Riigikantselei, lk 54
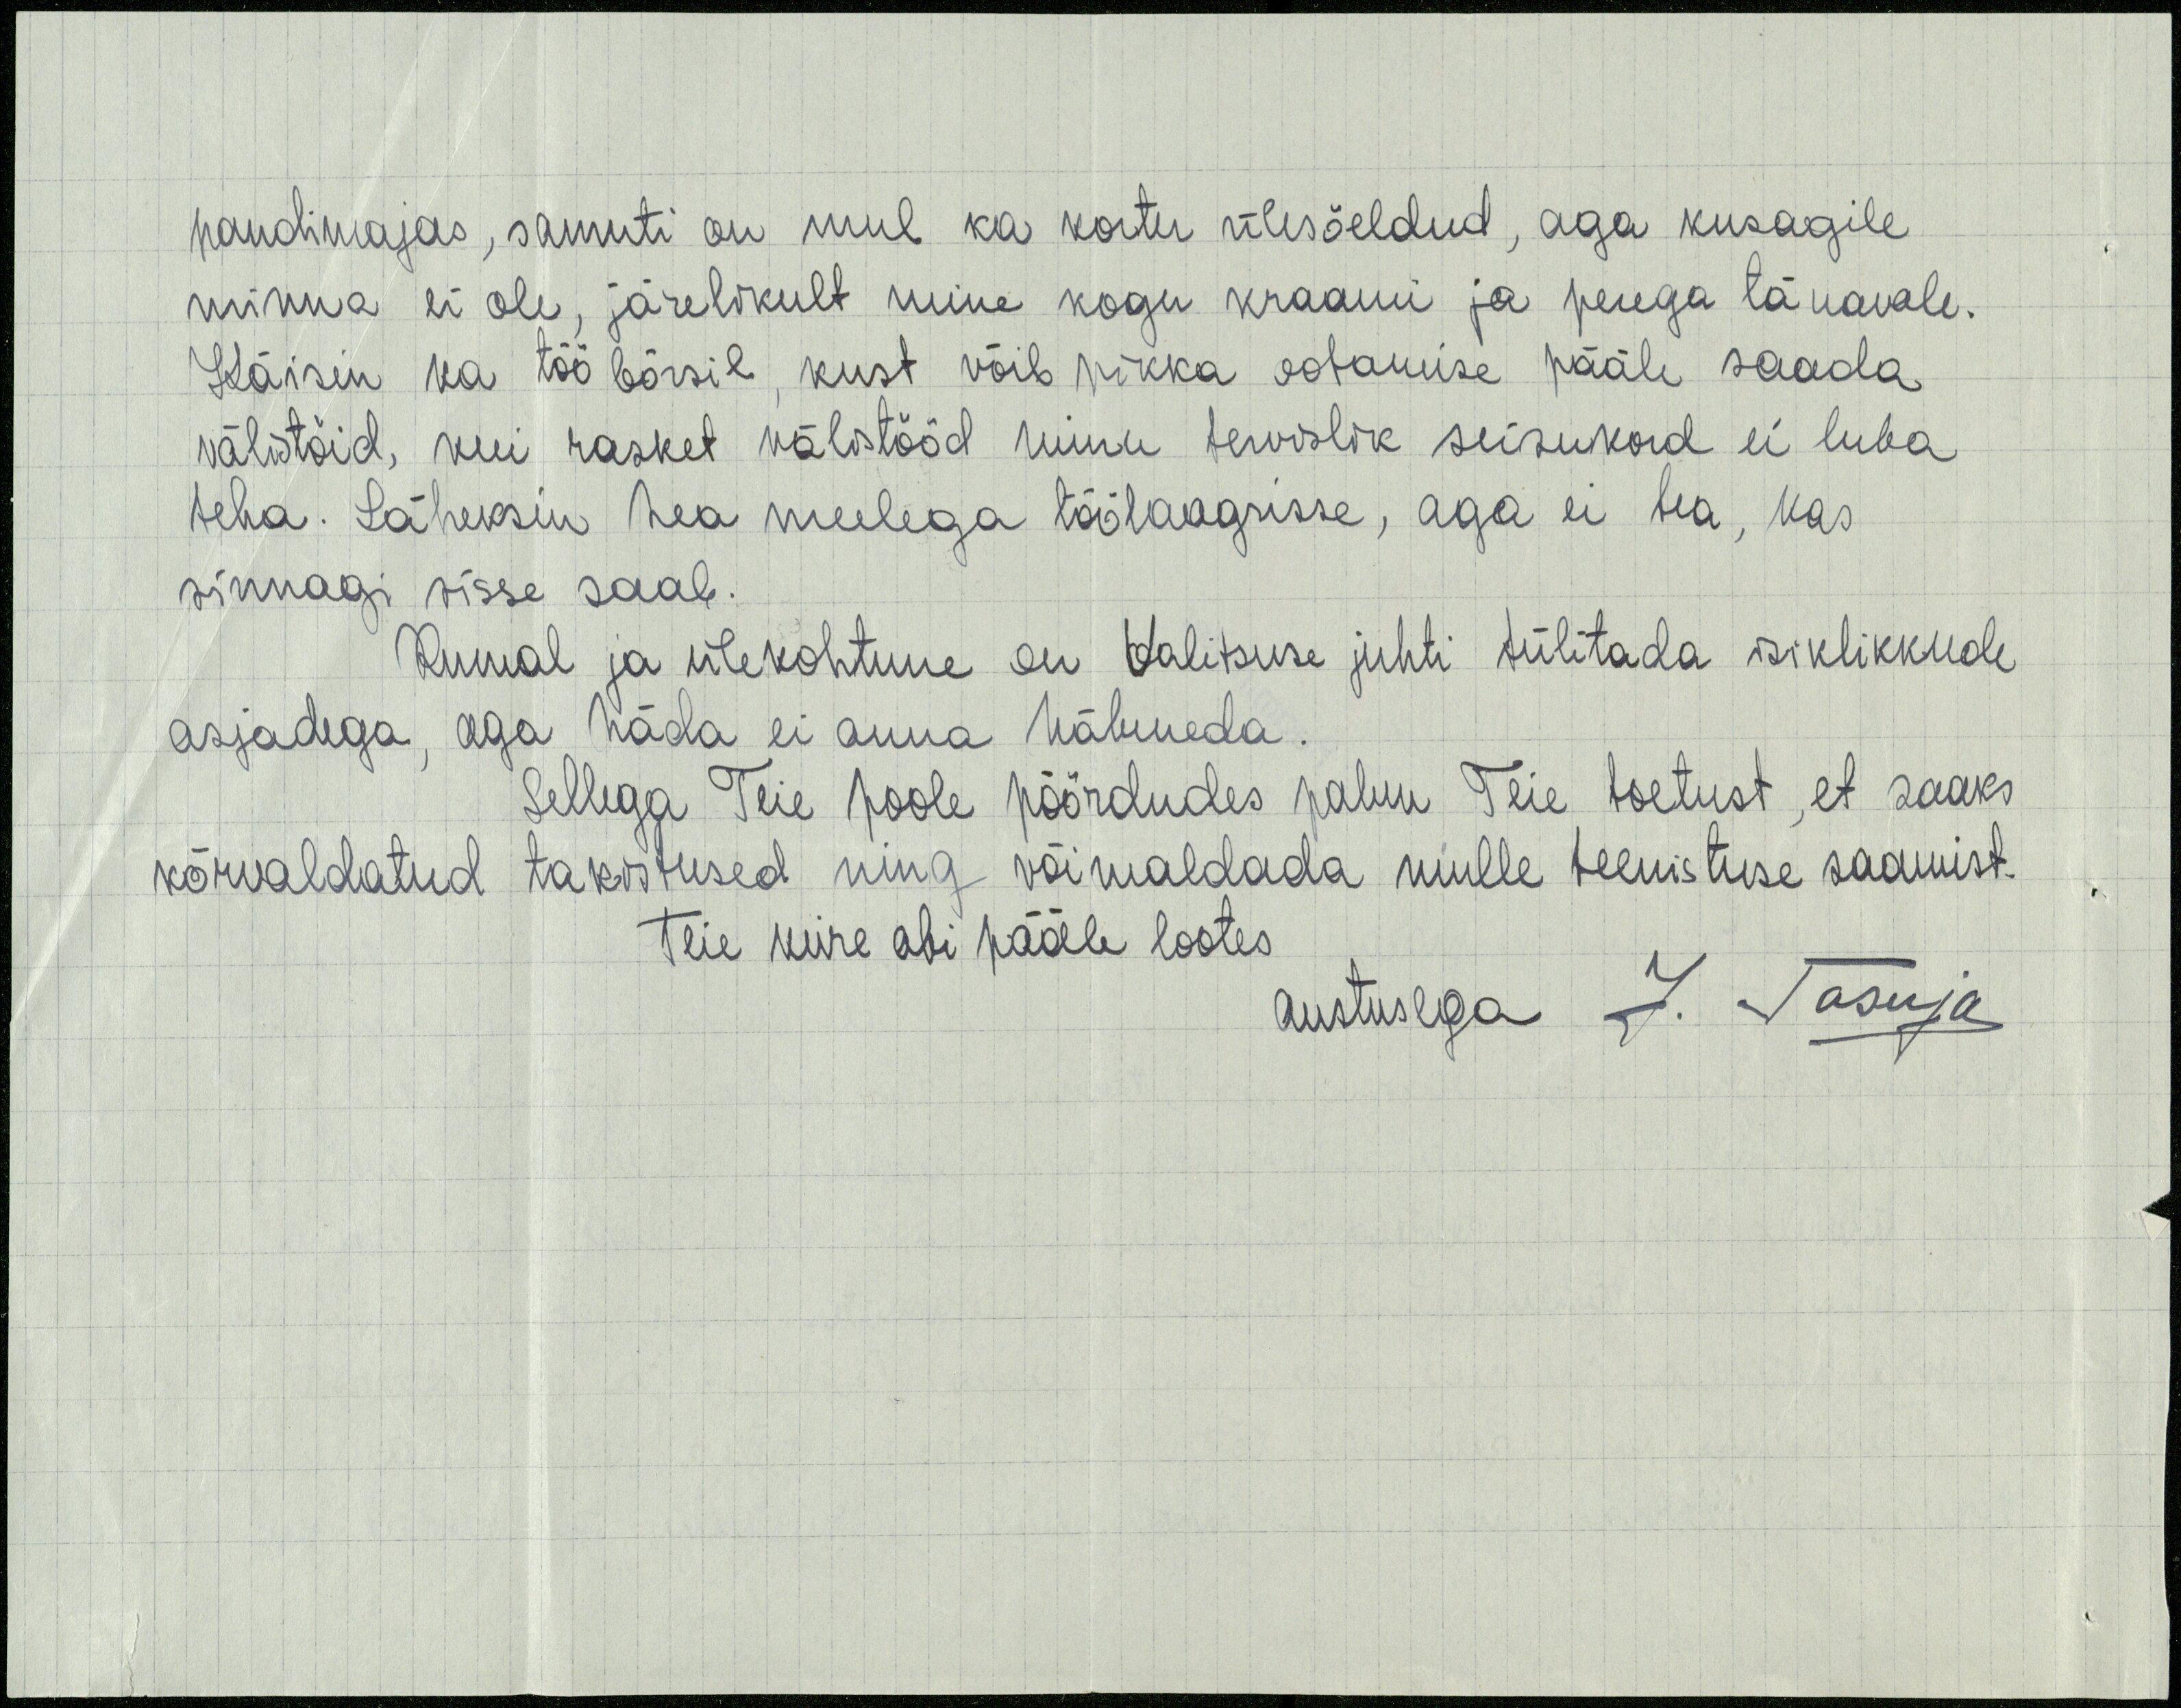
pandimajas, samuti on mul ka korter ülesõeldud, aga kusagile
minna ei ole, järelikult mine kogu kraami ja perega tänavale.
Käisin ka tööbörsil, kust võib pikka ootamise pääle saada
välistöid, kui rasket välistööd minu tervislik seisukord ei luba
teha. Läheksin hea meelega töölaagrisse, aga ei tea, kas
sinnagi sisse saab.
Rumal ja ülekohtune on Valitsuse juhti tülitada isiklikkude
asjadega, aga häda ei anna häbeneda.
Sellega Teie poole pöördudes palun Teie toetust, et saaks
kõrvaldatud takistused ning võimaldada mulle teenistuse saamist.
Teie kiire abi pääle lootes.
austusega J. Tasuja